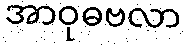
အာဝုဓဗလာ